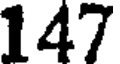
147